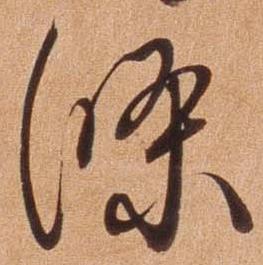
条